Leningradi_Edasi_toimetus, lk 110
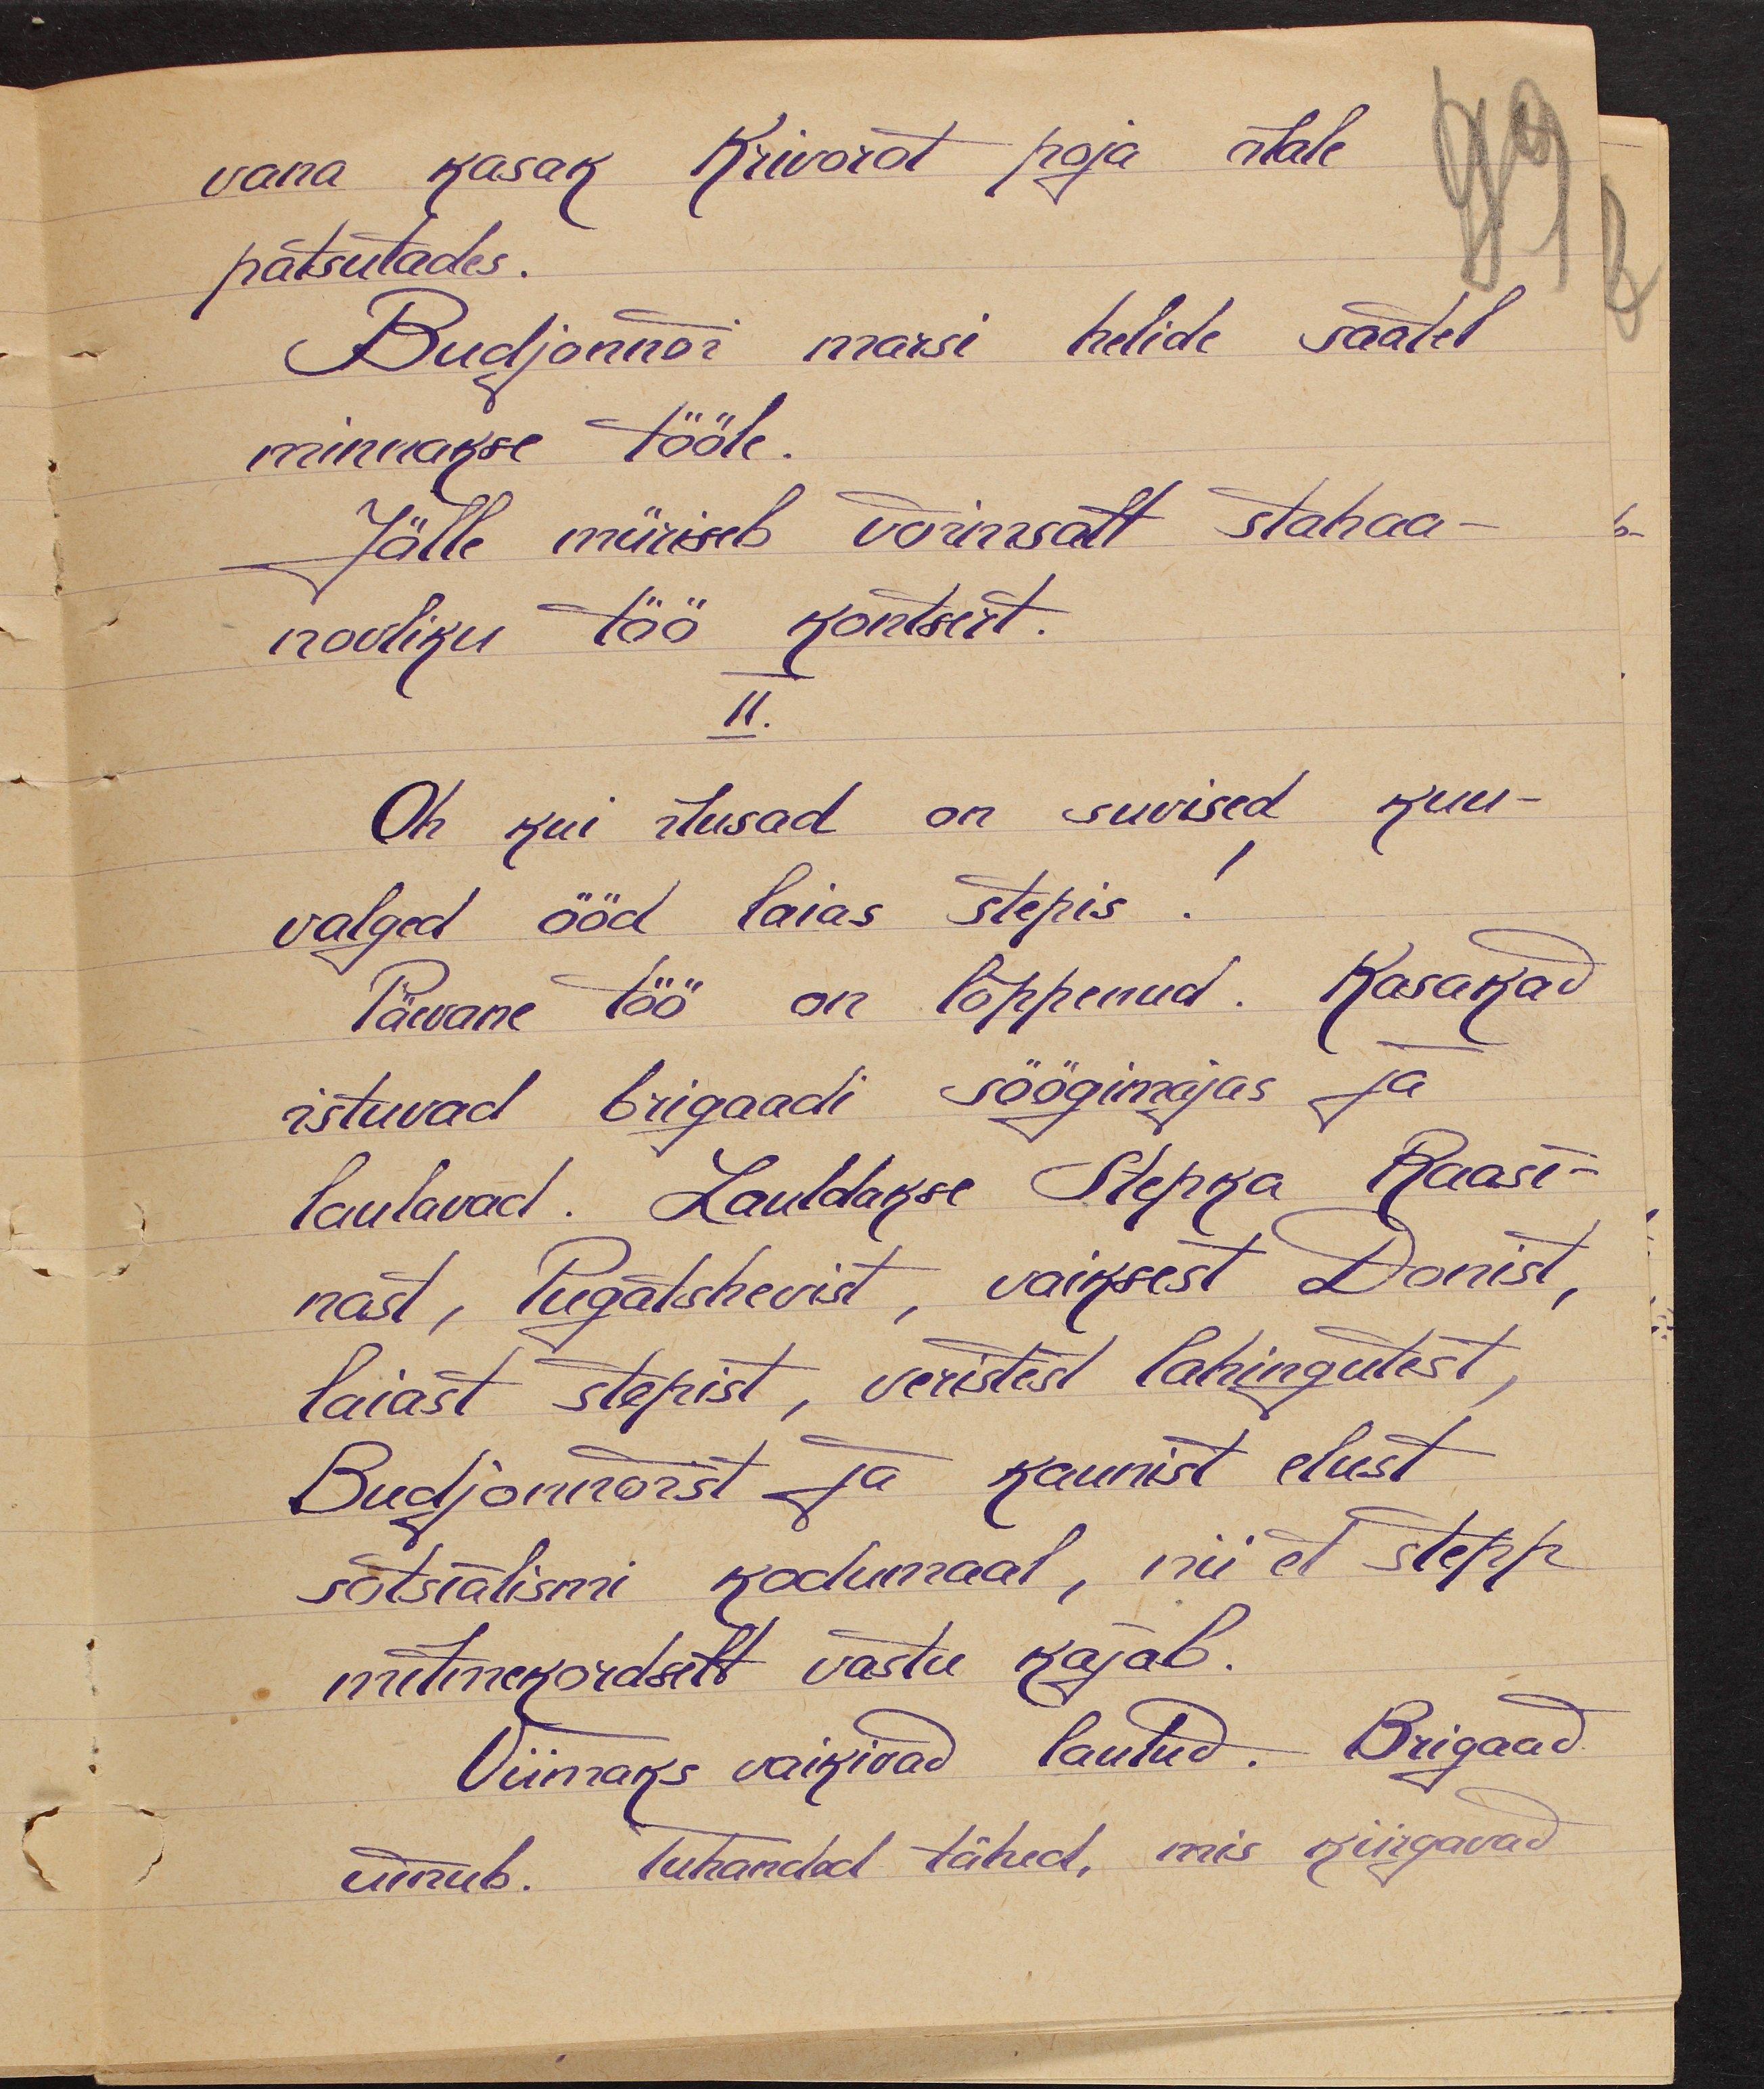
vana kasak Krivorot poja õlale
patsutades.
Budjannõi marsi helide saatel
minnakse tööle.
- Jälle müriseb võimsalt stahaa-
novliku töö kontsert.
II.
Oh kui ilusad on suvised kuu-
valged ööd laias stepis!
Päevane töö on lõppenud. Kasakad
istuvad brigaadi söögimajas ja
laulavad. Lauldakse Stepka Raasi-
nast, Pugatshevist, vaiksest Donist,
laiast stepist, veristest lahingutest,
Budjonnõist ja kaunist elust
sotsialismi kodumaal, nii et stepp
mitmekordselt vastu kajab.
Viimaks vaikivad laulud. Brigaad
uinub. Tuhanded tähed, mis kiirgavad